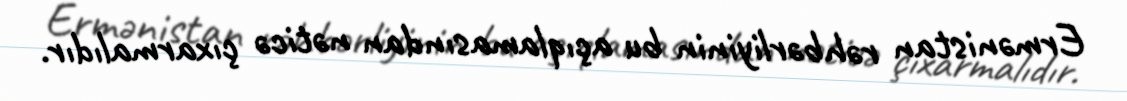
Ermənistan rəhbərliyinin bu açıqlamasından nəticə çıxarmalıdır.